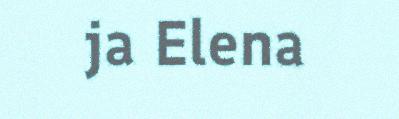
ja Elena